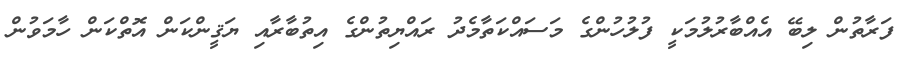
ފަރާތުން ލިބޭ އެއްބާރުލުމަކީ ފުލުހުންގެ މަސައްކަތާމެދު ރައްޔިތުންގެ އިތުބާރާއި ޔަޤީންކަން އޮތްކަން ހާމަވުން